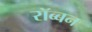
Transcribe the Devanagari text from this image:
रॉब्‍बन